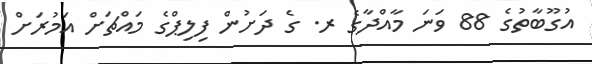
އުގޫބާތުގެ 88 ވަނަ މާއްދާގެ ރ. ގެ ދަށުން ފިލިޕްގެ މައްޗަށް އަމުރަށް